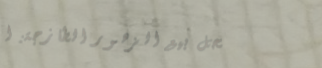
محل بيع الزهور الطازجة: ا